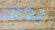
بذلك